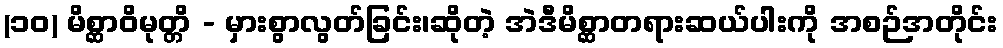
(၁၀) မိစ္ဆာဝိမုတ္တိ - မှားစွာလွတ်ခြင်း၊ဆိုတဲ့ အဲဒီမိစ္ဆာတရားဆယ်ပါးကို အစဉ်အတိုင်း